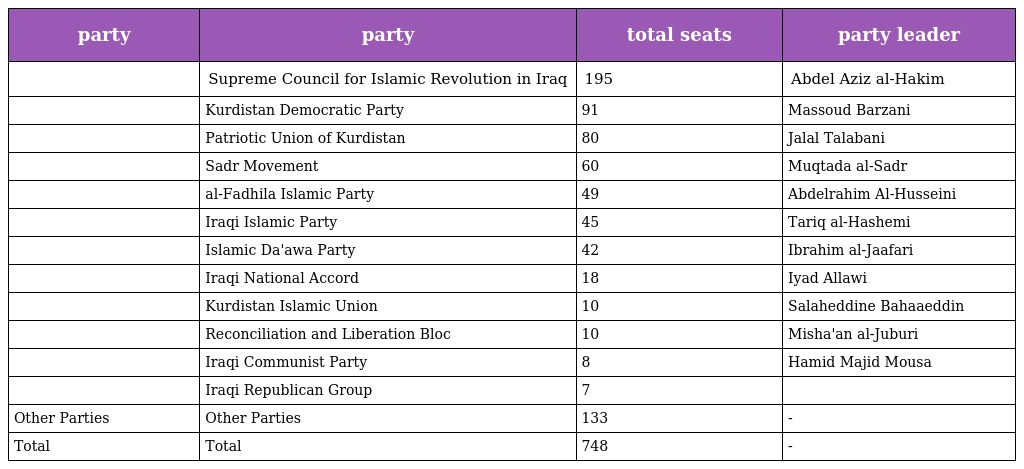
| party | party | total seats | party leader |
 | --- | --- | --- | --- |
 |  | Supreme Council for Islamic Revolution in Iraq | 195 | Abdel Aziz al-Hakim |
 |  | Kurdistan Democratic Party | 91 | Massoud Barzani |
 |  | Patriotic Union of Kurdistan | 80 | Jalal Talabani |
 |  | Sadr Movement | 60 | Muqtada al-Sadr |
 |  | al-Fadhila Islamic Party | 49 | Abdelrahim Al-Husseini |
 |  | Iraqi Islamic Party | 45 | Tariq al-Hashemi |
 |  | Islamic Da'awa Party | 42 | Ibrahim al-Jaafari |
 |  | Iraqi National Accord | 18 | Iyad Allawi |
 |  | Kurdistan Islamic Union | 10 | Salaheddine Bahaaeddin |
 |  | Reconciliation and Liberation Bloc | 10 | Misha'an al-Juburi |
 |  | Iraqi Communist Party | 8 | Hamid Majid Mousa |
 |  | Iraqi Republican Group | 7 |  |
 | Other Parties | Other Parties | 133 | - |
 | Total | Total | 748 | - |